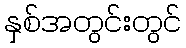
နှစ်အတွင်းတွင်